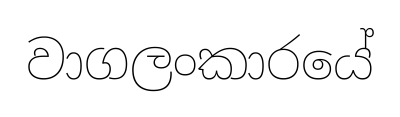
වාගලංකාරයේ